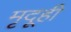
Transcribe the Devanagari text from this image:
मृदूही